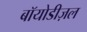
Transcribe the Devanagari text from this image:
बॉयोडीज़ल